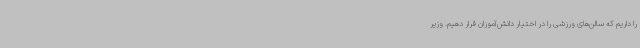
را داریم که سالن‌های ورزشی را در اختیار دانش‌آموزان قرار دهیم. وزیر